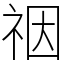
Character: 䄄